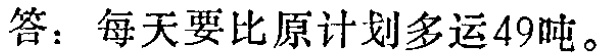
答：每天要比原计划多运49吨。